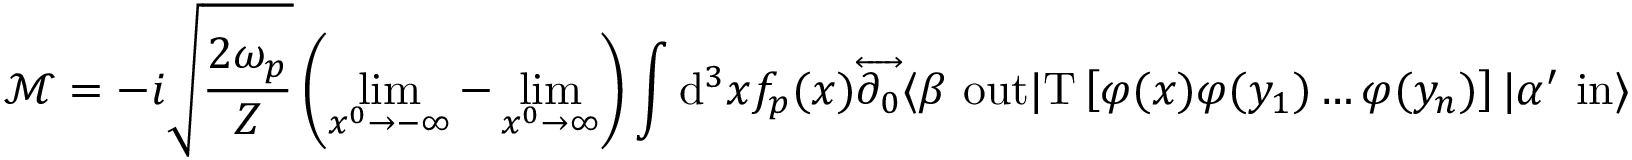
{ \mathcal { M } } = - i { \sqrt { \frac { 2 \omega _ { p } } { Z } } } \left( \operatorname* { l i m } _ { x ^ { 0 } \to - \infty } - \operatorname* { l i m } _ { x ^ { 0 } \to \infty } \right) \int \mathrm { d } ^ { 3 } x f _ { p } ( x ) { \overleftrightarrow { \partial _ { 0 } } } \langle \beta \ \mathrm { o u t } | \mathrm { T } \left[ \varphi ( x ) \varphi ( y _ { 1 } ) \ldots \varphi ( y _ { n } ) \right] | \alpha ^ { \prime } \ \mathrm { i n } \rangle